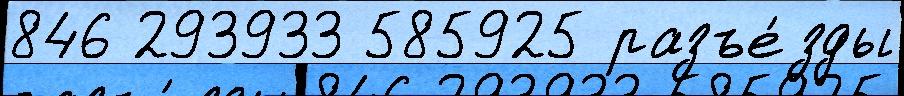
846 293933 585925 разъе́зды